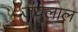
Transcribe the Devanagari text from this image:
जयलाल